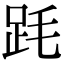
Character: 𣭻